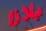
بلازا